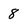
Character: 8